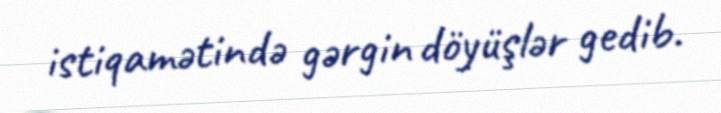
istiqamətində gərgin döyüşlər gedib.